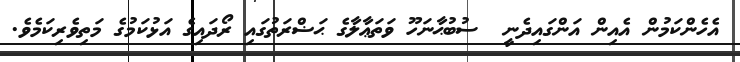
އެހެންކަމުން އެއިން އަންގައިދެނީ  ސުބުޙާނަހޫ ވަތަޢާލާގެ ޙަޟްރަތުގައި ރޯދައިގެ އަޅުކަމުގެ މަތިވެރިކަމެވެ.